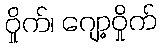
ဝှိုက်၊ ဂျော့ဝှိုက်